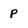
Character: P